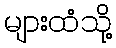
များထံသို့